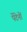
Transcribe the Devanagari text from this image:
पेंटेनों